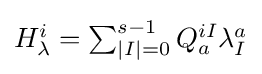
{\textstyle H_{\lambda }^{i}=\sum _{|I|=0}^{s-1}Q_{a}^{iI}\lambda _{I}^{a}}